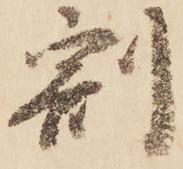
割